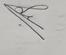
Signature authenticity: genuine